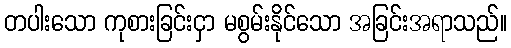
တပါးသော ကုစားခြင်းငှာ မစွမ်းနိုင်သော အခြင်းအရာသည်။